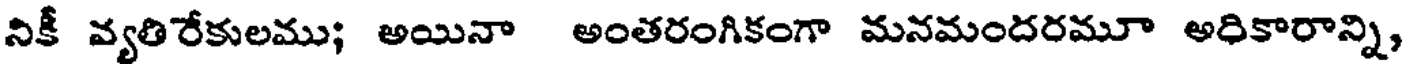
నికీ వ్యతిరేకులము; అయినా అంతరంగికంగా మనమందరమూ అధికారాన్ని,